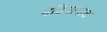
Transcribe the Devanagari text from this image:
मढियापाट